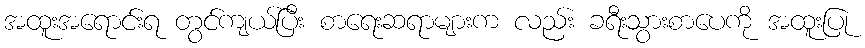
အထူးအရောင်းရ တွင်ကျယ်ပြီး စာရေးဆရာများက လည်း ခရီးသွားစာပေကို အထူးပြု